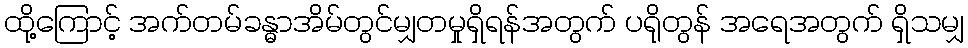
ထို့ကြောင့် အက်တမ်ခန္ဓာအိမ်တွင်မျှတမှုရှိရန်အတွက် ပရိုတွန် အရေအတွက် ရှိသမျှ